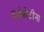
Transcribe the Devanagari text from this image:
कुर्तकोटींना